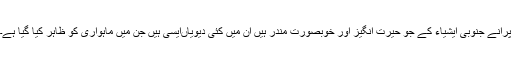
پرانے جنوبی ایشیاء کے جو حیرت انگیز اور خوبصورت مندر ہیں‌ ان میں‌ کئی دیویاں‌ایسی ہیں‌ جن میں‌ ماہواری کو ظاہر کیا گیا ہے۔